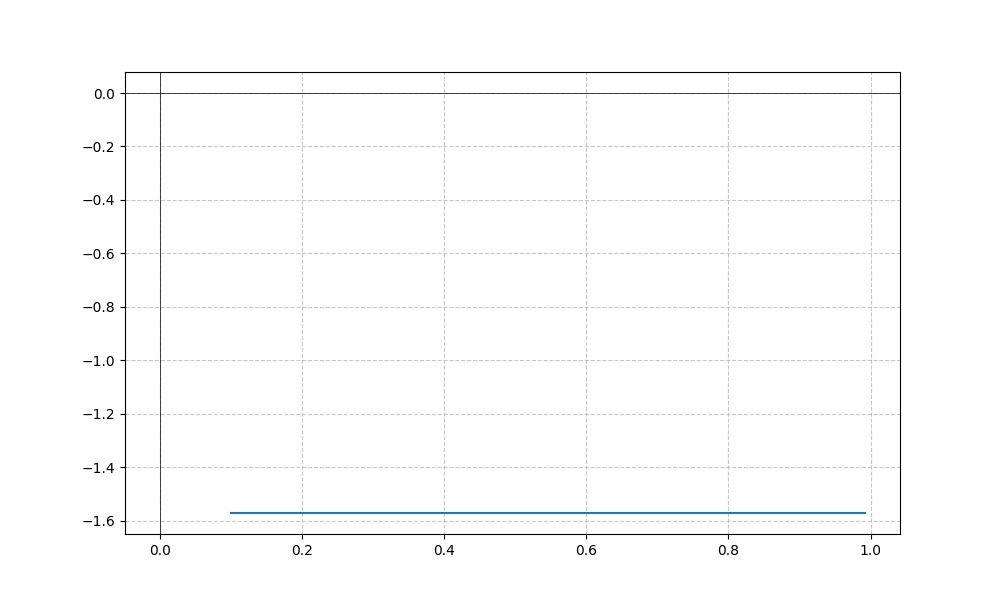
LaTeX formula: - \operatorname{acos}{\left(x \right)} - \operatorname{asin}{\left(x \right)}